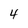
Character: 4